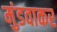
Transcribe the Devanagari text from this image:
मुंडवाकर